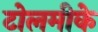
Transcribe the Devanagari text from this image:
टोलमीके